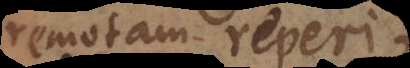
remotam reperi,